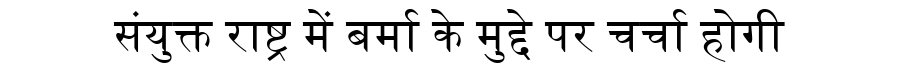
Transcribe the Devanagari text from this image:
संयुक्त राष्ट्र में बर्मा के मुद्दे पर चर्चा होगी